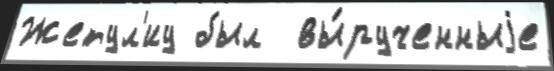
Жетул'иу был  вы́рученныjе